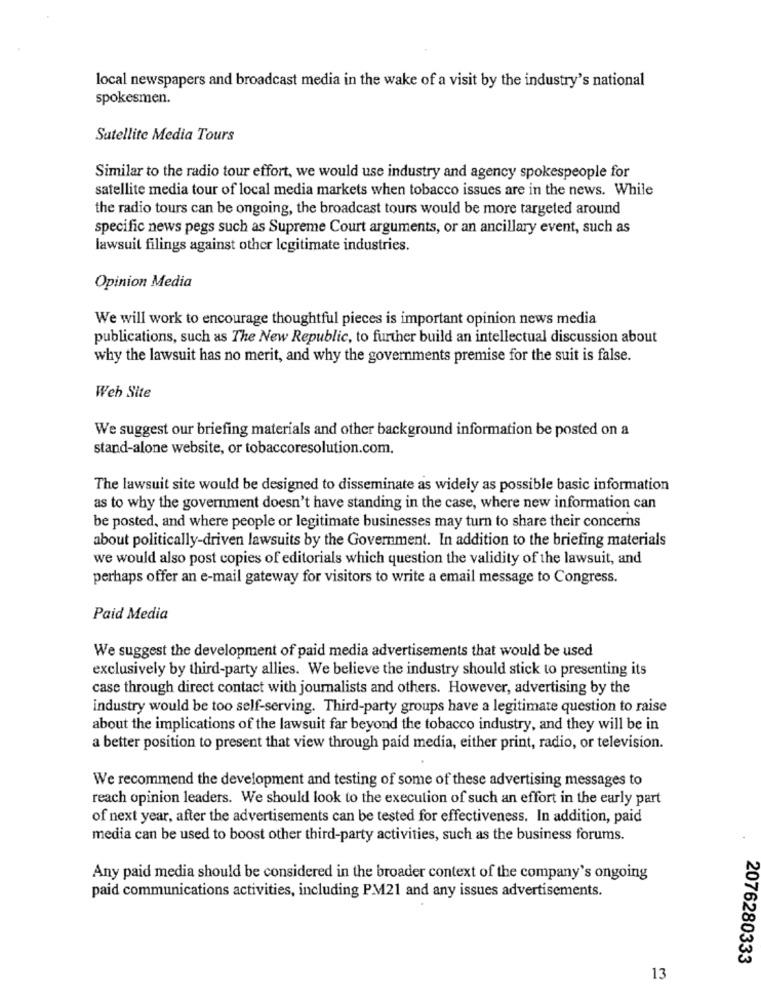
local newspapers and broadcast media in the wake of a visit by the industry's national
spokesmen.
Satellite Media Tours
Similar to the radio tour effort, we would use industry and agency spokespeople for
satellite media tour of local media markets when tobacco issues are in the news. While
the radio tours can be ongoing, the broadcast tours would be more targeted around
specific news pegs such as Supreme Court arguments, or an ancillary event, such as
lawsuit filings against other legitimate industries.
Opinion Media
We will work to encourage thoughtful pieces is important opinion news media
publications, such as The New Republic, to further build an intellectual discussion about
why the lawsuit has no merit, and why the governments premise for the suit is false.
Web Site
We suggest our briefing materials and other background information be posted on a
stand-alone website, or tobaccoresolution.com.
The lawsuit site would be designed to disseminate as widely as possible basic information
as to why the government doesn't have standing in the case, where new information can
be posted, and where people or legitimate businesses may turn to share their concerns
about politically-driven lawsuits by the Government. In addition to the briefing materials
we would also post copies of editorials which question the validity of the lawsuit, and
perhaps offer an e-mail gateway for visitors to write a email message to Congress.
Paid Media
We suggest the development of paid media advertisements that would be used
exclusively by third-party allies. We believe the industry should stick to presenting its
case through direct contact with journalists and others. However, advertising by the
industry would be too self-serving. Third-party groups have a legitimate question to raise
about the implications of the lawsuit far beyond the tobacco industry, and they will be in
a better position to present that view through paid media, either print, radio, or television.
We recommend the development and testing of some of these advertising messages to
reach opinion leaders. We should look to the execution of such an effort in the early part
of next year, after the advertisements can be tested for effectiveness. In addition, paid
media can be used to boost other third-party activities, such as the business forums.
Any paid media should be considered in the broader context of the company's ongoing
paid communications activities, including PM21 and any issues advertisements.
2076280333
13